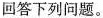
回答下列问题。